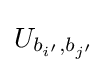
U_{b_{i'},b_{j'}}